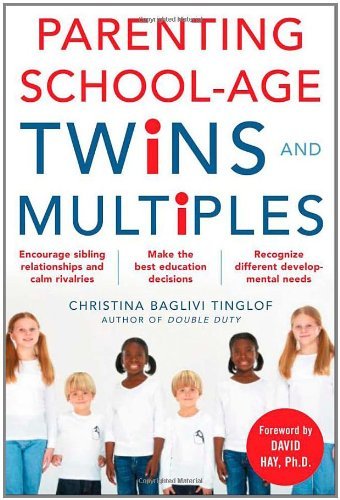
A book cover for Parenting School-Age Twins and Multiples [Paperback] [2006] (Author) Christina Tinglof; Parenting & Relationships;